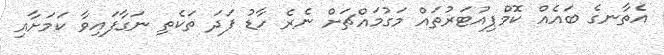
އެތާނގެ ބައެއް ކޮމްޕިއުޓަރުތައް މަގުމައްޗަށް ނެރެ ހާޑު ފަދަ ތަކެތި ނަގާފައިވާ ކަމަށާއި